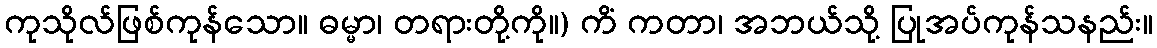
ကုသိုလ်ဖြစ်ကုန်သော။ ဓမ္မာ၊ တရားတို့ကို။) ကိံ ကတာ၊ အဘယ်သို့ ပြုအပ်ကုန်သနည်း။